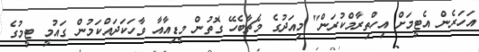
އަހަރެން އެޓީމަށް އިހްތިރާމްކުރަން" މިއަދުގެ މެޗާބެހޭ ގޮތުން މީޑިއާއާ ވާހަކަދައްކަމުން ގައުމީ ޓީމުގެ